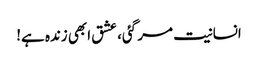
انسانیت مر گئی، عشق ابھی زندہ ہے!